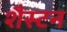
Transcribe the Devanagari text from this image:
शैस्टन